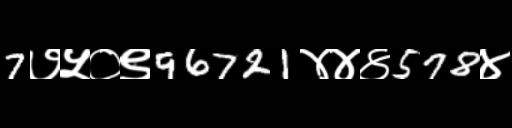
Text: 7७५०९96721४४४578४